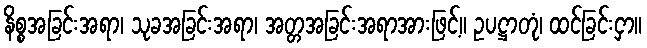
နိစ္စအခြင်းအရာ၊ သုခအခြင်းအရာ၊ အတ္တအခြင်းအရာအားဖြင့်။ ဥပဋ္ဌာတုံ၊ ထင်ခြင်းငှာ။